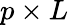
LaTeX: p\times L